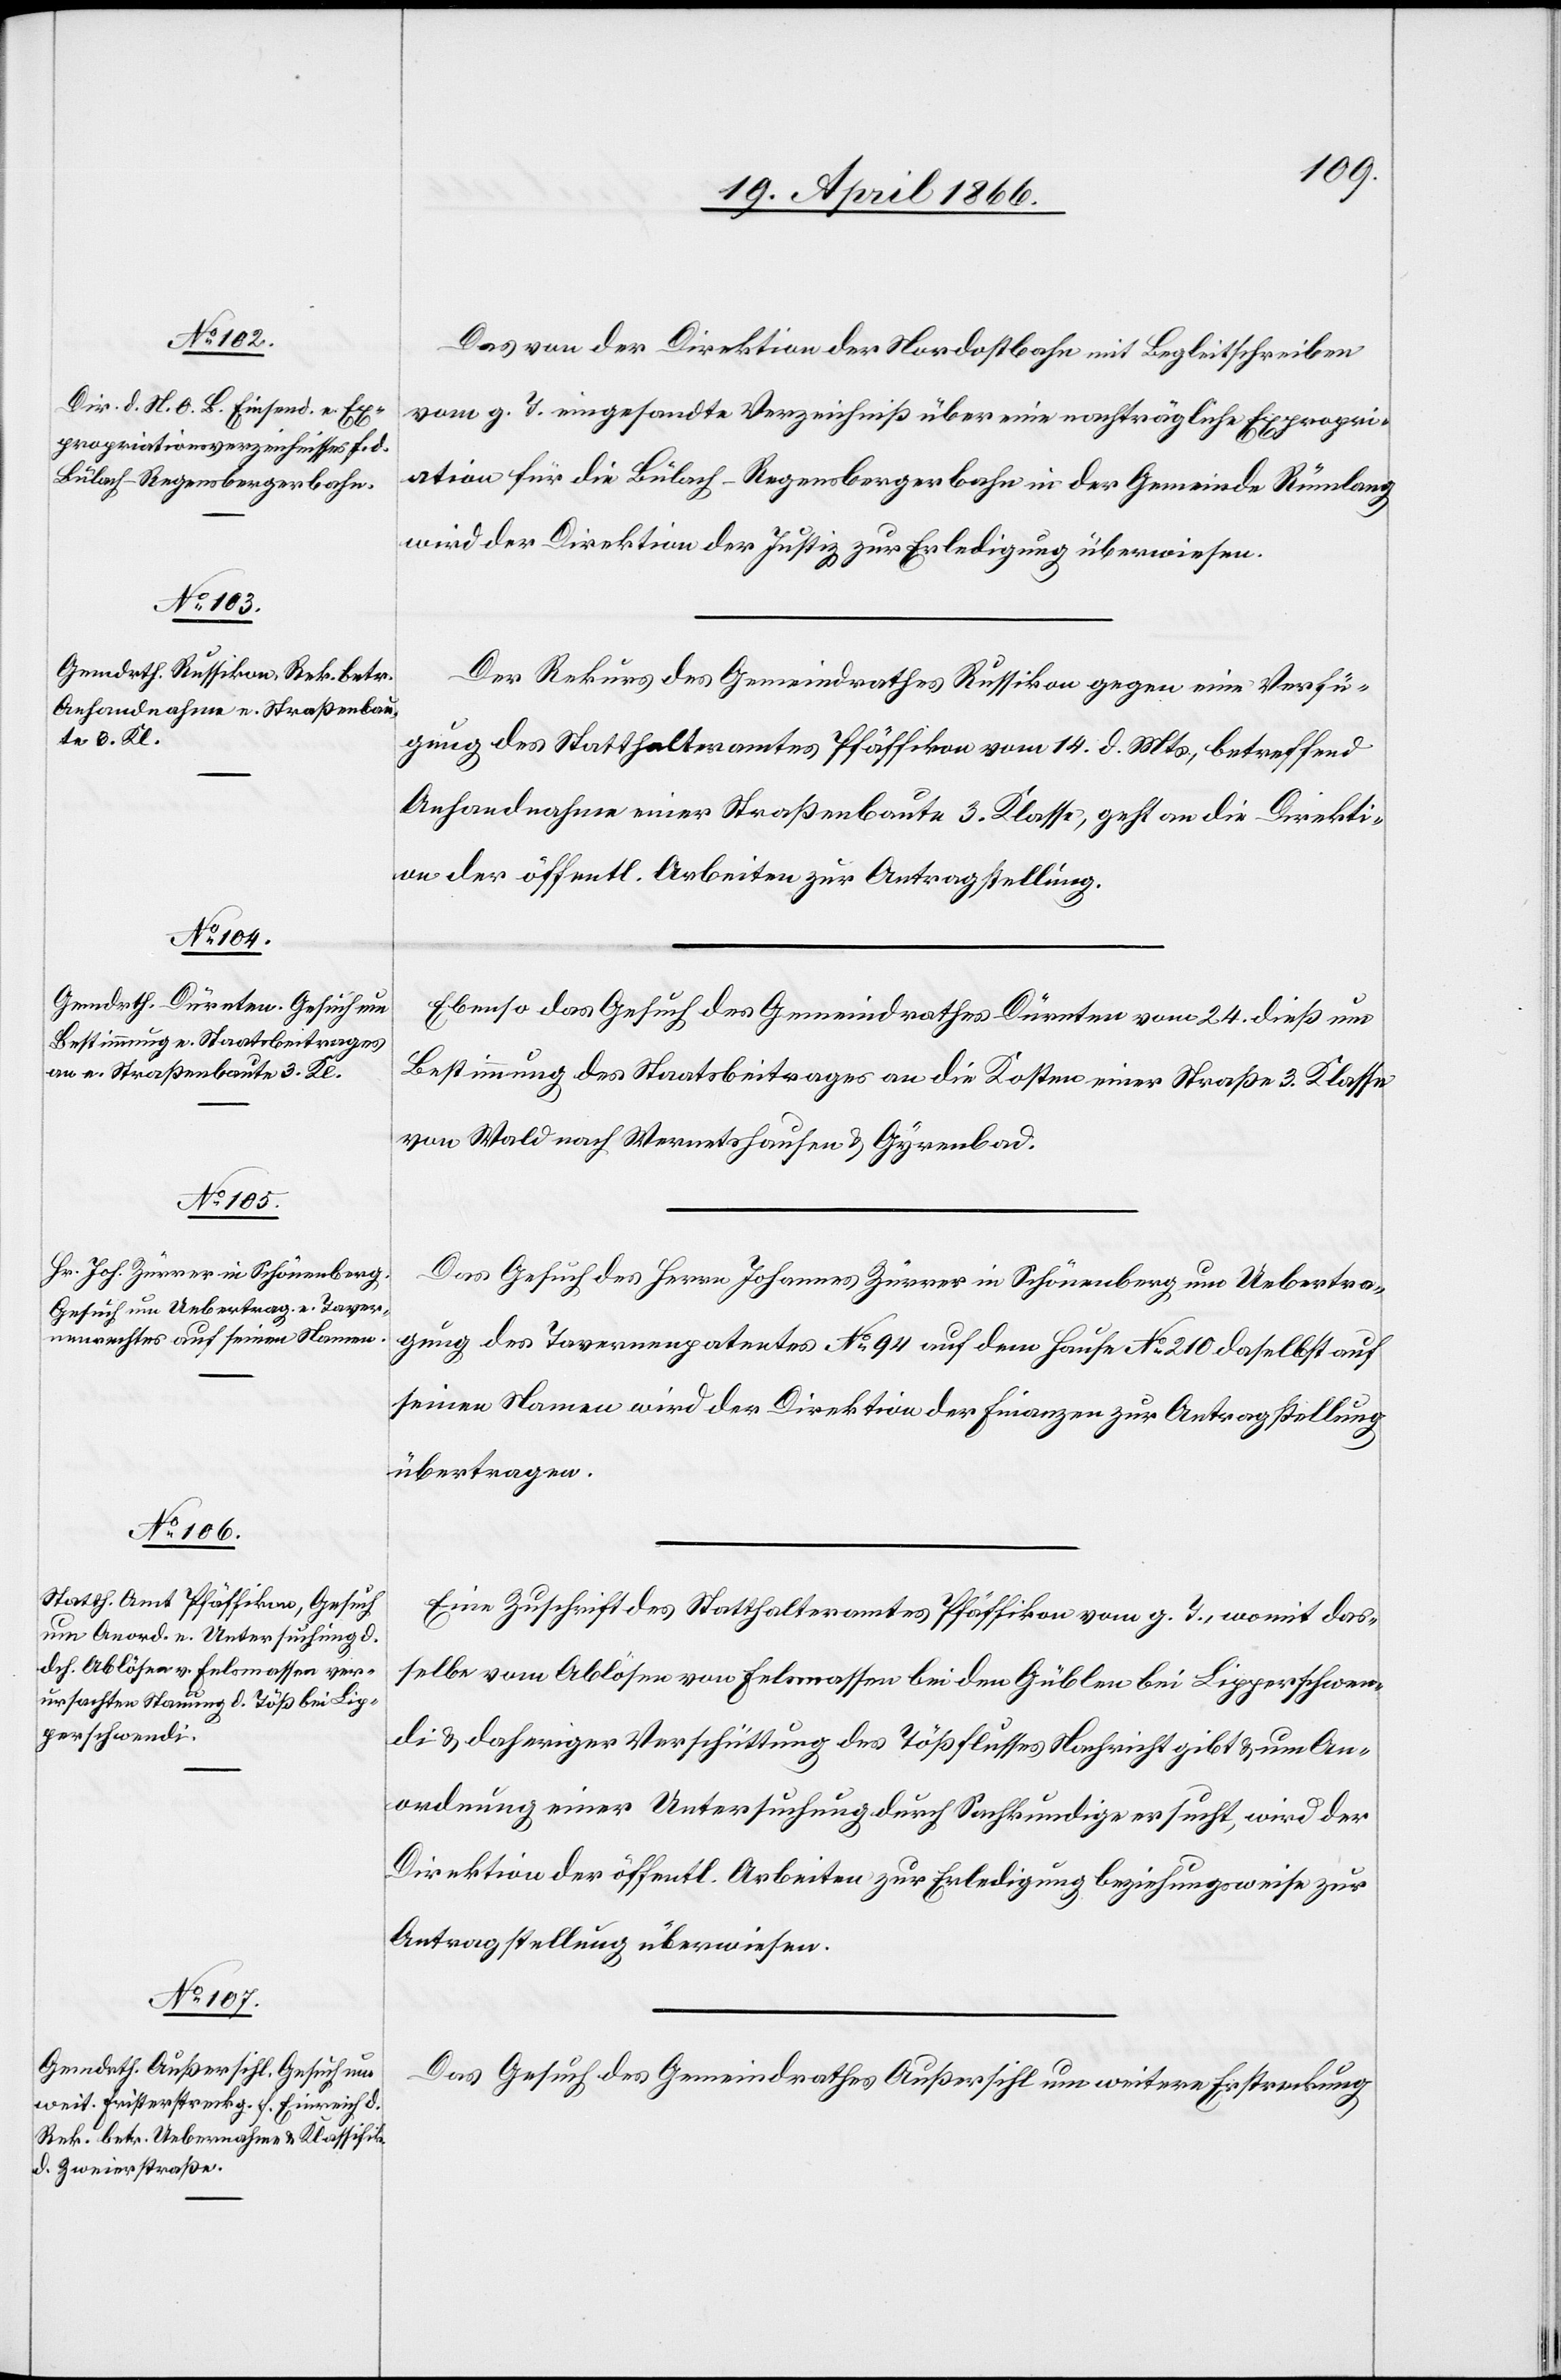
27. April 1866.]
Das von der Direktion der Nordostbahn mit Begleitschreiben
vom g. T. eingesandte Verzeichniß über eine nachträgliche Expropri¬
ation für die Bülach–Regensbergerbahn in der Gemeinde Rümlang
wird der Direktion der Justiz zur Erledigung überwiesen.
Der Rekurs des Gemeindrathes Russikon gegen eine Verfü¬
gung des Statthalteramtes Pfäffikon vom 14. d. Mts., betreffend
Anhandnahme einer Straßenbaute 3. Klasse, geht an die Direkti¬
on der öffentl. Arbeiten zur Antragstellung.
Ebenso das Gesuch des Gemeindrathes Dürnten vom 24. dieß um
Bestimmung des Staatsbeitrages an die Kosten einer Straße 3. Klasse
von Wald nach Wernetshausen u. Gyrenbad.
Das Gesuch des Herrn Johannes Zürrer in Schönenberg um Uebertra¬
gung des Tavernenrechtes No. 94 auf dem Hause No. 210 daselbst auf
seinen Namen wird der Direktion der Finanzen zur Antragstellung
übertragen.
Eine Zuschrift des Statthalteramtes Pfäffikon vom g. T., womit das¬
selbe vom Ablösen von Felsmassen bei dem Güblen bei Lipperschwen¬
di u. daheriger Verschüttung des Tößflusses Nachricht gibt u. um An¬
ordnung einer Untersuchung durch Sachkundige ersucht, wird der
Direktion der öffentl. Arbeiten zur Erledigung beziehungsweise zur
Antragstellung überwiesen.
Das Gesuch des Gemeindrathes Außersihl um weitere Erstreckung